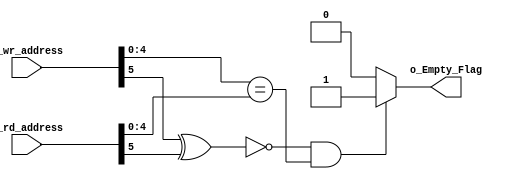
module Empty_Flag_Gen #(
     parameter ADDR_WIDTH='d5 
) (
    input  wire [ADDR_WIDTH:0] i_wr_address,
    input  wire [ADDR_WIDTH:0] i_rd_address,

    output reg                 o_Empty_Flag 
);
    
wire OverFlow=(i_wr_address[ADDR_WIDTH]^i_rd_address[ADDR_WIDTH]);
wire Same_Location=(i_wr_address[ADDR_WIDTH-1:0] == i_rd_address[ADDR_WIDTH-1:0]);

always @(*) begin
    //Defual Values
    o_Empty_Flag='b0;
    if ((!OverFlow) && (Same_Location)) begin
        o_Empty_Flag='b1;
    end else begin
        o_Empty_Flag='b0;
    end
end

endmodule